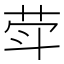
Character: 𦮜